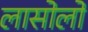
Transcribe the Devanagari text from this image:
लासोलो